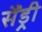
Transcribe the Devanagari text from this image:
सैंड्री